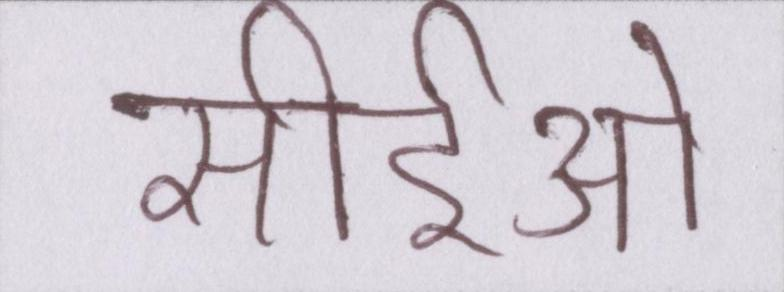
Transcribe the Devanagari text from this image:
सीईओ